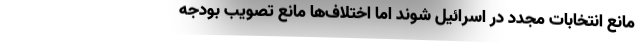
مانع انتخابات مجدد در اسرائیل شوند اما اختلاف‌ها مانع تصویب بودجه